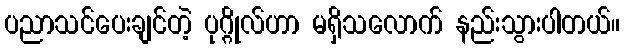
ပညာသင်ပေးချင်တဲ့ ပုဂ္ဂိုလ်ဟာ မရှိသလောက် နည်းသွားပါတယ်။